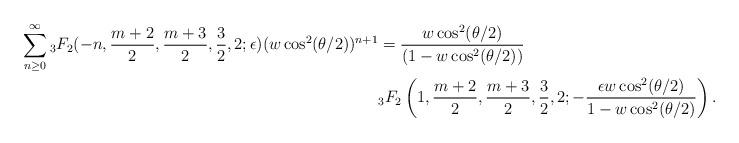
LaTeX: \begin{align*}\sum_{n \geq 0}^{\infty} {}_3F_2(-n, \frac{m+2}{2}, \frac{m+3}{2}, \frac{3}{2}, 2; \epsilon)(w\cos^2(\theta/2))^{n+1} &= \frac{w\cos^2(\theta/2)}{(1-w\cos^2(\theta/2))} \\&{}_3F_2\left(1, \frac{m+2}{2}, \frac{m+3}{2}, \frac{3}{2}, 2; -\frac{\epsilon w\cos^2(\theta/2)}{1-w\cos^2(\theta/2)}\right).\end{align*}